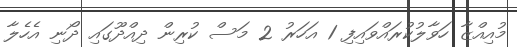
މުއިއްޒާ ހަވާލުކުރައްވައިފި 1 އަހަރު 2 މަސް ކުރިން ދިއްދޫގައި ދޯނި އެހެލާ